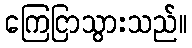
ကြေငြာသွားသည်။